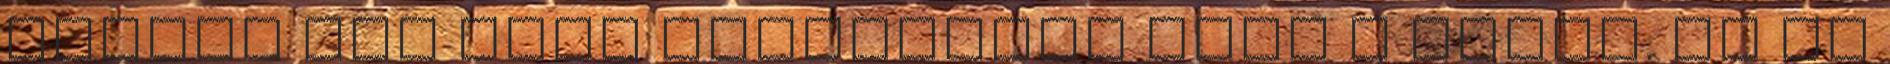
itthon már csak vegetáltak ezek a cégek. És én